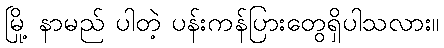
မြို့ နာမည် ပါတဲ့ ပန်းကန်ပြားတွေရှိပါသလား။